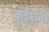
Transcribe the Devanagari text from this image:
कुईल्न्गे